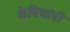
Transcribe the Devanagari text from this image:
केनियांनी